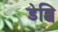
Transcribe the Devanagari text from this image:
डेब्बि